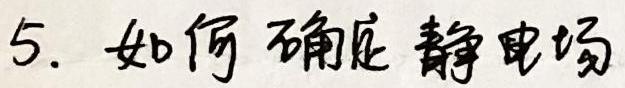
5. 如何确定静电场